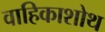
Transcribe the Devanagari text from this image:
वाहिकाशोथ